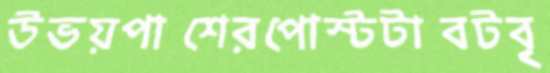
উভয়পাশেরপোস্টটাবটবৃ